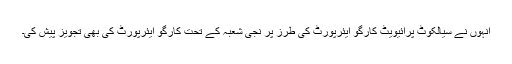
انہوں نے سیالکوٹ پرائیویٹ کارگو ایئرپورٹ کی طرز پر نجی شعبہ کے تحت کارگو ایئرپورٹ کی بھی تجویز پیش کی۔